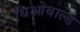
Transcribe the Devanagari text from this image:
थिओबाल्ड